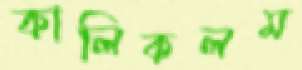
কালিকলম